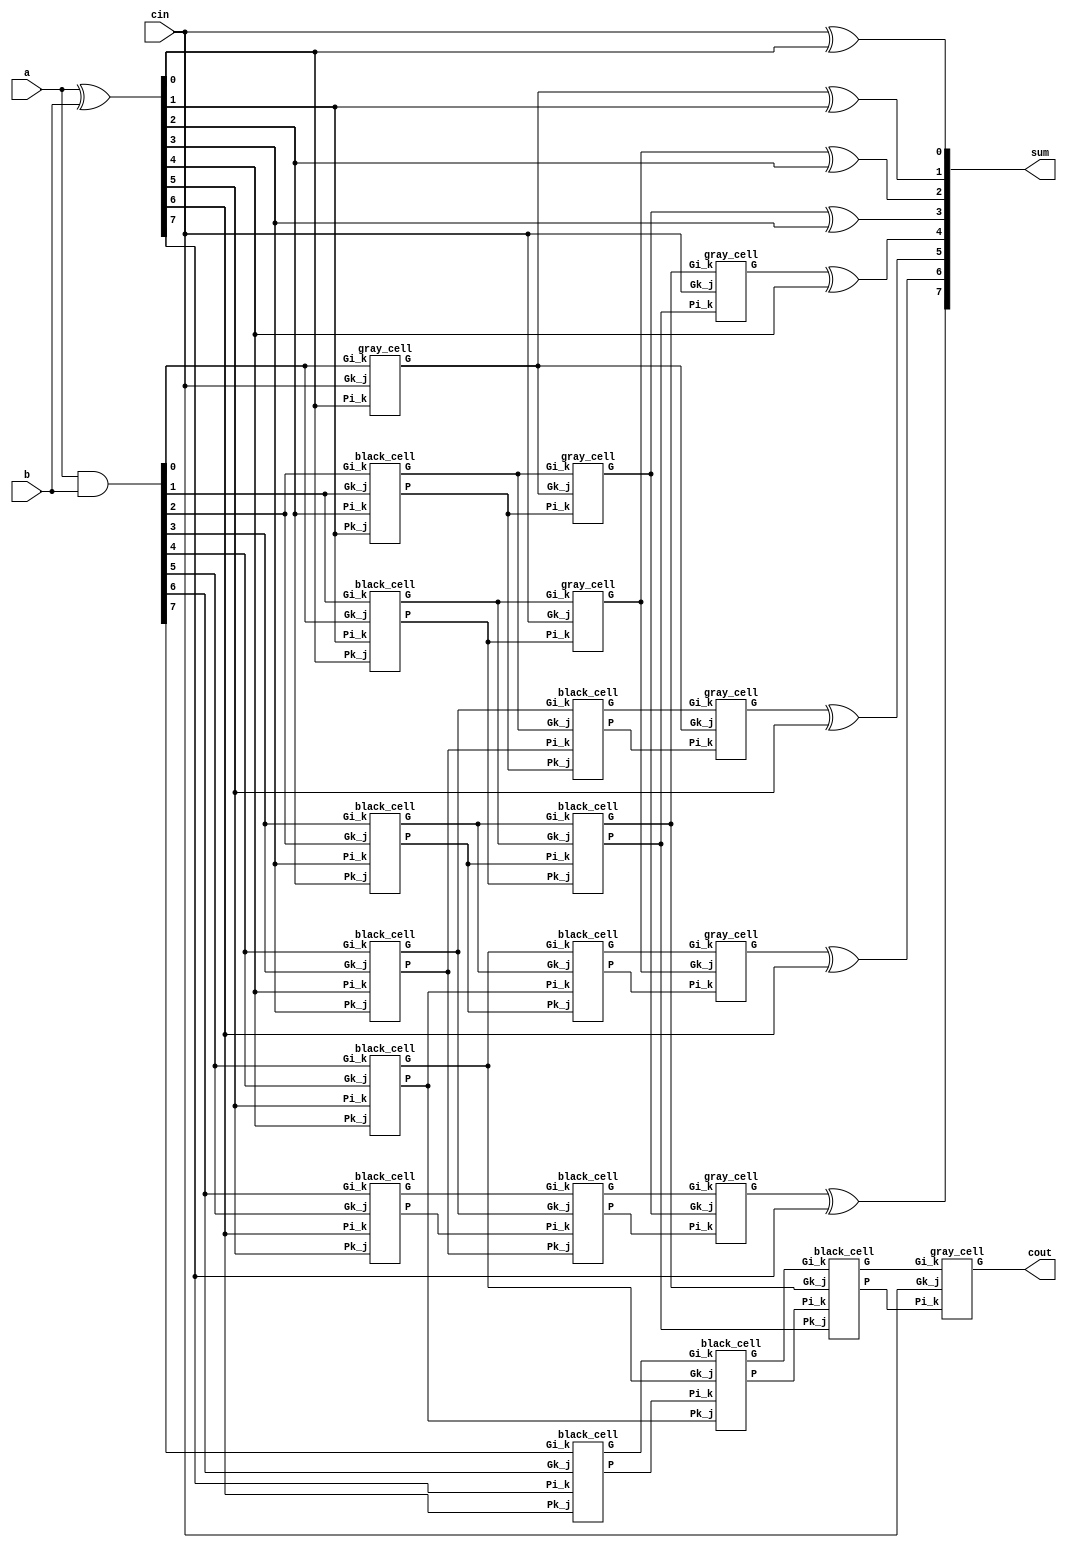
module kogge_stone_8(
    output [7:0] sum,
    output cout,
    input [7:0] a,
    input [7:0] b,
    input cin
);

    wire [7:0] G_Z, P_Z, //wires
    G_A, P_A,
    G_B, P_B,
    G_C, P_C;

    assign P_Z = a ^ b;
    assign G_Z = a & b;

    //level 1
    gray_cell level_0A(cin, P_Z[0], G_Z[0], G_A[0]);
    black_cell level_1A(G_Z[0], P_Z[1], G_Z[1], P_Z[0], G_A[1], P_A[1]);
    black_cell level_2A(G_Z[1], P_Z[2], G_Z[2], P_Z[1], G_A[2], P_A[2]);
    black_cell level_3A(G_Z[2], P_Z[3], G_Z[3], P_Z[2], G_A[3], P_A[3]);
    black_cell level_4A(G_Z[3], P_Z[4], G_Z[4], P_Z[3], G_A[4], P_A[4]);
    black_cell level_5A(G_Z[4], P_Z[5], G_Z[5], P_Z[4], G_A[5], P_A[5]);
    black_cell level_6A(G_Z[5], P_Z[6], G_Z[6], P_Z[5], G_A[6], P_A[6]);
    black_cell level_7A(G_Z[6], P_Z[7], G_Z[7], P_Z[6], G_A[7], P_A[7]);

    //level 2 
    gray_cell level_1B(cin, P_A[1], G_A[1], G_B[1]);
    gray_cell level_2B(G_A[0], P_A[2], G_A[2], G_B[2]);
    black_cell level_3B(G_A[1], P_A[3], G_A[3], P_A[1], G_B[3], P_B[3]);
    black_cell level_4B(G_A[2], P_A[4], G_A[4], P_A[2], G_B[4], P_B[4]);
    black_cell level_5B(G_A[3], P_A[5], G_A[5], P_A[3], G_B[5], P_B[5]);
    black_cell level_6B(G_A[4], P_A[6], G_A[6], P_A[4], G_B[6], P_B[6]);
    black_cell level_7B(G_A[5], P_A[7], G_A[7], P_A[5], G_B[7], P_B[7]);

    //level 3
    gray_cell level_3C(cin, P_B[3], G_B[3], G_C[3]);
    gray_cell level_4C(G_A[0], P_B[4], G_B[4], G_C[4]);
    gray_cell level_5C(G_B[1], P_B[5], G_B[5], G_C[5]);
    gray_cell level_6C(G_B[2], P_B[6], G_B[6], G_C[6]);
    black_cell level_7C(G_B[3], P_B[7], G_B[7], P_B[3], G_C[7], P_C[7]);

    //level 4
    gray_cell level_7D(cin, P_C[7], G_C[7], cout);

    //outputs
    assign sum[0] = cin    ^ P_Z[0];
    assign sum[1] = G_A[0] ^ P_Z[1];
    assign sum[2] = G_B[1] ^ P_Z[2];
    assign sum[3] = G_B[2] ^ P_Z[3];
    assign sum[4] = G_C[3] ^ P_Z[4];
    assign sum[5] = G_C[4] ^ P_Z[5];
    assign sum[6] = G_C[5] ^ P_Z[6];
    assign sum[7] = G_C[6] ^ P_Z[7];

endmodule

module gray_cell(Gk_j, Pi_k, Gi_k, G);
    input Gk_j, Pi_k, Gi_k;
    output G;
    wire Y;
    and(Y, Gk_j, Pi_k);
    or(G, Y, Gi_k);
endmodule

module black_cell(Gk_j, Pi_k, Gi_k, Pk_j, G, P);
    input Gk_j, Pi_k, Gi_k, Pk_j;
    output G, P;
    wire Y;
    and(Y, Gk_j, Pi_k);
    or(G, Gi_k, Y);
    and(P, Pk_j, Pi_k);
endmodule